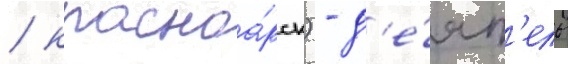
/ красноа́рск) - д'е́ят'ель